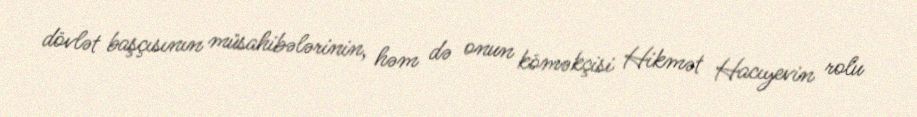
dövlət başçısının müsahibələrinin, həm də onun köməkçisi Hikmət Hacıyevin rolu